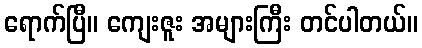
ရောက်ပြီ။ ကျေးဇူး အများကြီး တင်ပါတယ်။